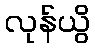
လုန်ယွိ